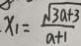
\cdot x _ { 1 } = \frac { \sqrt { 3 a + 3 } } { a + 1 }